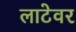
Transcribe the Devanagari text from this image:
लाटेवर